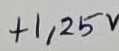
Text: +1,25V